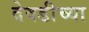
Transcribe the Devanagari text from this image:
देवडीच्या